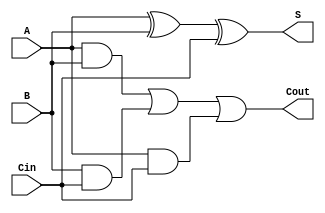
module FullAdder (
    input wire A,        // First input bit
    input wire B,        // Second input bit
    input wire Cin,      // Carry-in bit
    output wire S,       // Sum output
    output wire Cout     // Carry-out output
);

// Intermediate signals for sum calculation
wire sum1;            // First XOR result (A XOR B)
wire carry1, carry2, carry3; // Intermediate carry signals for Cout

// Level 1: Sum Calculation using XOR gates
assign sum1 = A ^ B;   // First stage XOR
assign S = sum1 ^ Cin; // Final sum output (S) = (A XOR B) XOR Cin

// Level 1: Carry-Out Calculation using AND gates
assign carry1 = A & B; // A AND B
assign carry2 = B & Cin; // B AND Cin
assign carry3 = A & Cin; // A AND Cin

// Level 2: Final Carry-Out Calculation using OR gate
assign Cout = carry1 | carry2 | carry3; // Cout = (A AND B) OR (B AND Cin) OR (A AND Cin)

endmodule